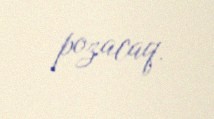
pozacaq.